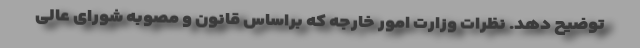
توضیح دهد. نظرات وزارت امور خارجه که براساس قانون و مصوبه شورای عالی